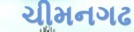
ચીમનગઢ